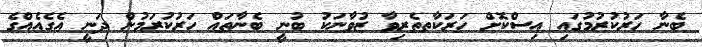
ބެނާ ހަރުކުރުމުގައި އިސްކޮށް ހަރަކާތތެރިވާ ޒުވާނަކު ބުނީ ބެނާތައް ހަރުކުރަމުން ދަނީ އެގެއެއްގެ